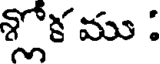
శ్లోక ము :